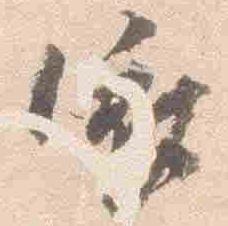
依